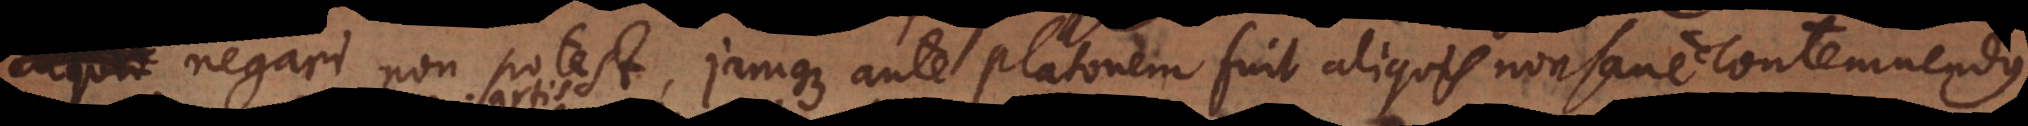
negari non potest, jamque ante Platonem fuit aliquis dialecticae